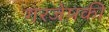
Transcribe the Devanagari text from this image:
गरजेपकी